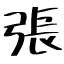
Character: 張